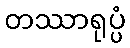
တဿာရုပ္ပံ